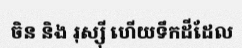
ចិន និង រុស្ស៊ី ហើយទឹកដីដែល